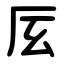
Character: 㕄